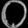
Digit: ၀